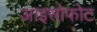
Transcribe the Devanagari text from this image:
आइसोफोट